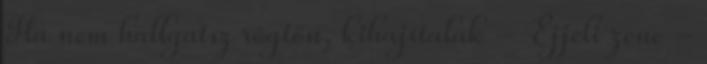
Ha nem hallgatsz rögtön, kihajítalak - Éjjeli zene -